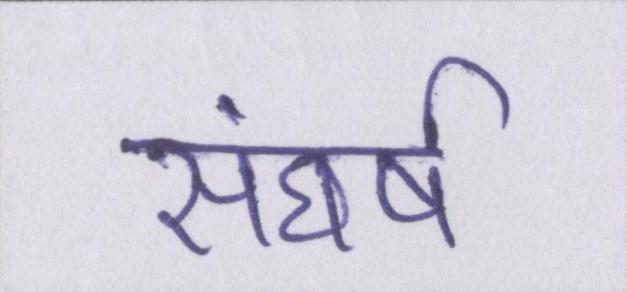
संघर्ष